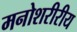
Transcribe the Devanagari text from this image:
मनोशरीरीय